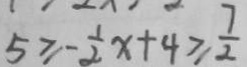
5 \geq - \frac { 1 } { 2 } x + 4 \geq \frac { 7 } { 2 }